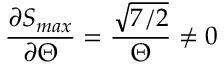
\frac { \partial S _ { m a x } } { \partial \Theta } = \frac { \sqrt { 7 / 2 } } { \Theta } \neq 0